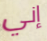
إني